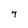
Character: 7